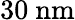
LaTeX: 30~\mathrm{{nm}}